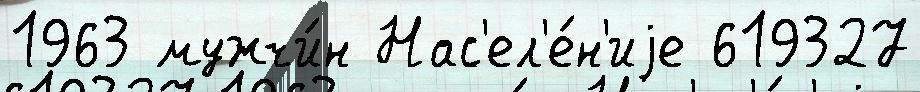
1963 мужчи́н Нас'ел'е́н'иjе 619327